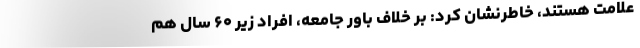
علامت هستند، خاطرنشان کرد: بر خلاف باور جامعه، افراد زیر ۶۰ سال هم